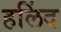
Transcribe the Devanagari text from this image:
हलिंद